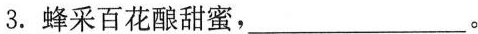
3.蜂采百花酿甜蜜，___。